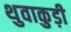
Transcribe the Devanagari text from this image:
थुवाकुड़ी